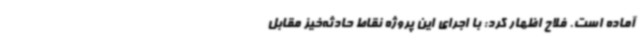
آماده است. فلاح اظهار کرد: با اجرای این پروژه نقاط حادثه‌خیز مقابل